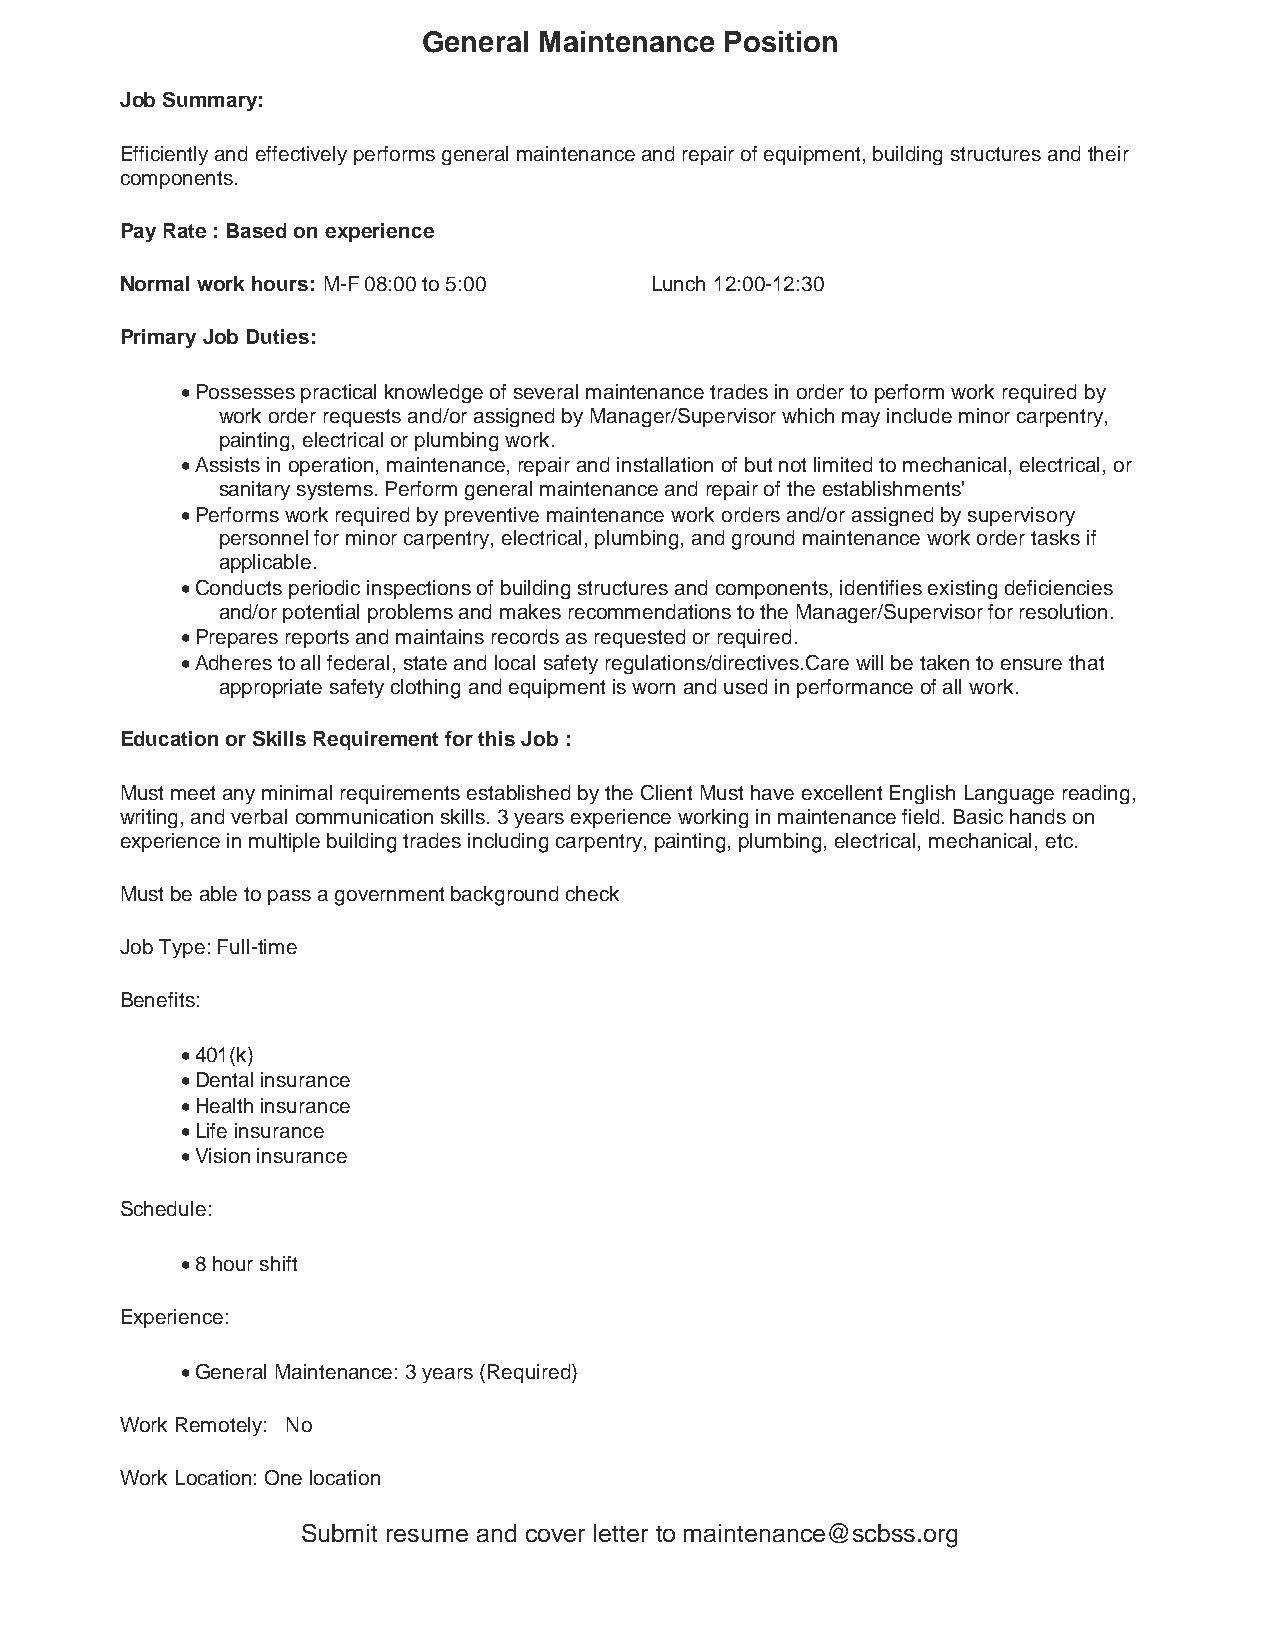
General Maintenance Position
 Job Summary:
 Efficiently and effectively performs general maintenance and repair of equipment, building structures and their
 components.
 Pay Rate : Based on experience
 Normal work hours: M-F 08:00 to 5:00 Lunch 12:00-12:30
 Primary Job Duties:
  Possesses practical knowledge of several maintenance trades in order to perform work required by
 work order requests and/or assigned by Manager/Supervisor which may include minor carpentry,
 painting, electrical or plumbing work.
  Assists in operation, maintenance, repair and installation of but not limited to mechanical, electrical, or
 sanitary systems. Perform general maintenance and repair of the establishments'
  Performs work required by preventive maintenance work orders and/or assigned by supervisory
 personnel for minor carpentry, electrical, plumbing, and ground maintenance work order tasks if
 applicable.
  Conducts periodic inspections of building structures and components, identifies existing deficiencies
 and/or potential problems and makes recommendations to the Manager/Supervisor for resolution.
  Prepares reports and maintains records as requested or required.
  Adheres to all federal, state and local safety regulations/directives.Care will be taken to ensure that
 appropriate safety clothing and equipment is worn and used in performance of all work.
 Education or Skills Requirement for this Job :
 Must meet any minimal requirements established by the Client Must have excellent English Language reading,
 writing, and verbal communication skills. 3 years experience working in maintenance field. Basic hands on
 experience in multiple building trades including carpentry, painting, plumbing, electrical, mechanical, etc.
 Must be able to pass a government background check
 Job Type: Full-time
 Benefits:
  401(k)
  Dental insurance
  Health insurance
  Life insurance
  Vision insurance
 Schedule:
  8 hour shift
 Experience:
  General Maintenance: 3 years (Required)
 Work Remotely: No
 Work Location: One location
 Submit resume and cover letter to maintenance@scbss.org